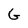
Character: G